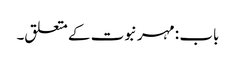
باب : مہر نبوت کے متعلق۔